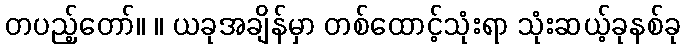
တပည့်တော်။ ။ ယခုအချိန်မှာ တစ်ထောင့်သုံးရာ သုံးဆယ့်ခုနစ်ခု